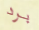
برد